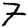
Digit: 7